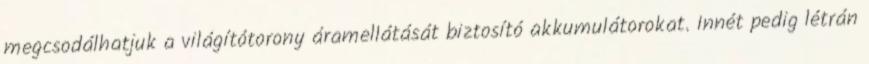
megcsodálhatjuk a világítótorony áramellátását biztosító akkumulátorokat. Innét pedig létrán